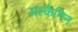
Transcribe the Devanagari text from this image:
अल्कैनिन